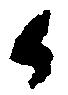
候